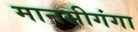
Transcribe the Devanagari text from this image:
मानसीगंगा